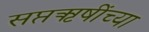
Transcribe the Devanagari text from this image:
सप्तऋषींच्या